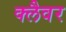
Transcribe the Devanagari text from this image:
क्लैवर